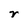
Character: r